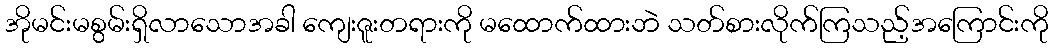
အိုမင်းမစွမ်းရှိလာသောအခါ ကျေးဇူးတရားကို မထောက်ထားဘဲ သတ်စားလိုက်ကြသည့်အကြောင်းကို